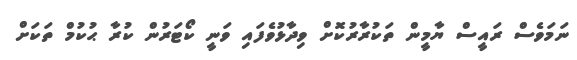
ނަމަވެސް ރައީސް ޔާމީން ތަކުރާރުކޮށް ވިދާޅުވެފައި ވަނީ ކޯޓަރުން ކުރާ ޙުކުމް ތަކަށް